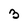
Character: 3